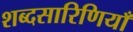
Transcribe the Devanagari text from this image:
शब्दसारिणियाँ